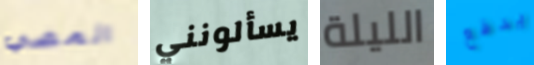
المضي يسألونني الليلة يدفع